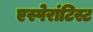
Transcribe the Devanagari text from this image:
एस्पेरांटिस्ट